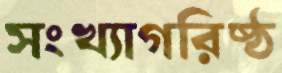
সংখ্যাগরিষ্ঠ